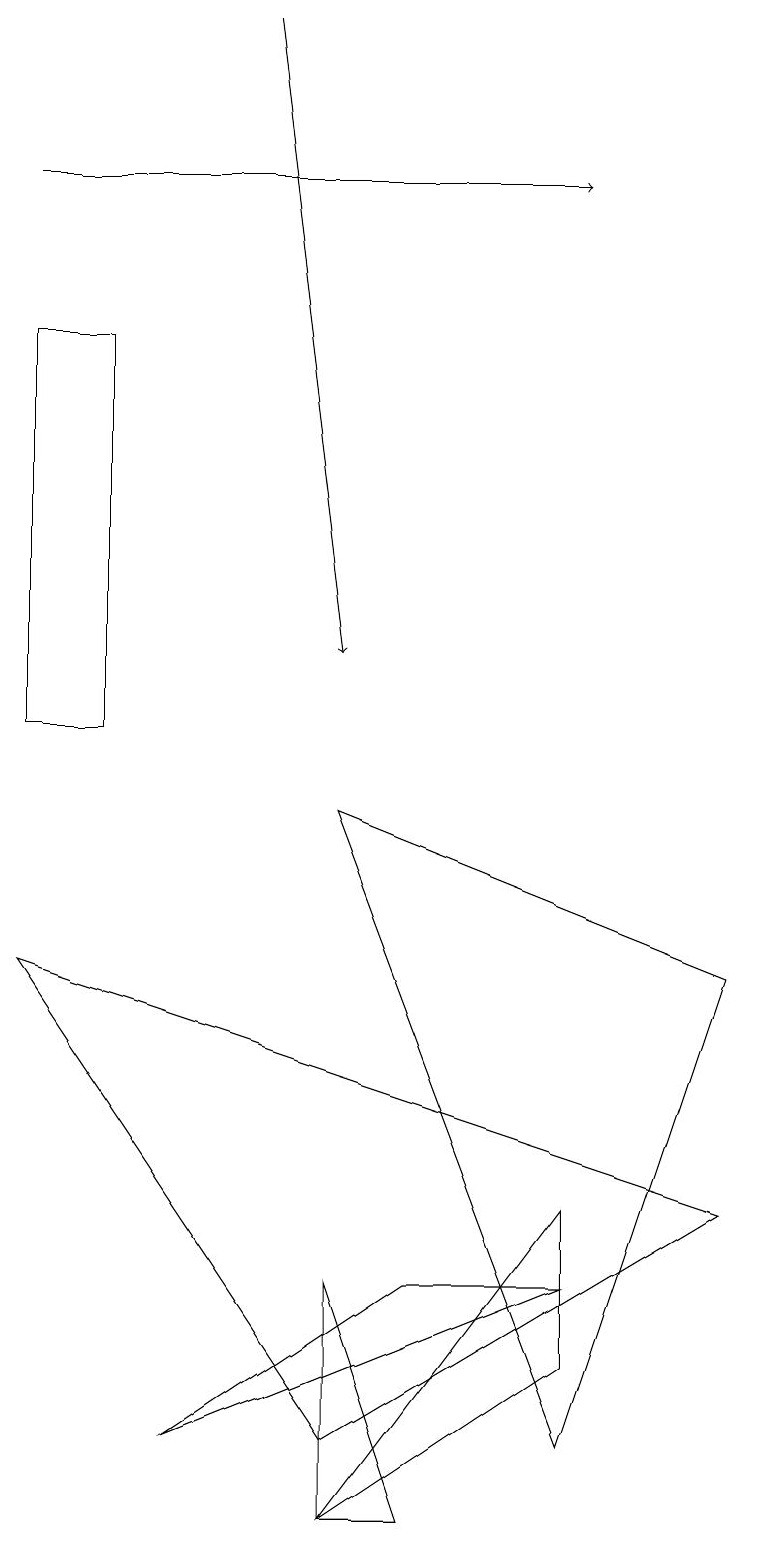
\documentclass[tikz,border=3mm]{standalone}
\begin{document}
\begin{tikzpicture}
\draw (4,9) -- (9,7) -- (7,1) -- cycle;
\draw[->] (0,17) -- (7,17);
\draw (7,2) -- (4,0) -- (7,4) -- cycle;
\draw (4,0) -- (5,0) -- (4,3) -- cycle;
\draw (7,3) -- (2,1) -- (5,3) -- cycle;
\draw (4,1) -- (0,7) -- (9,4) -- cycle;
\draw[->] (3,19) -- (4,11);
\draw (1,10) rectangle (0,15);
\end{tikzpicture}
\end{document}